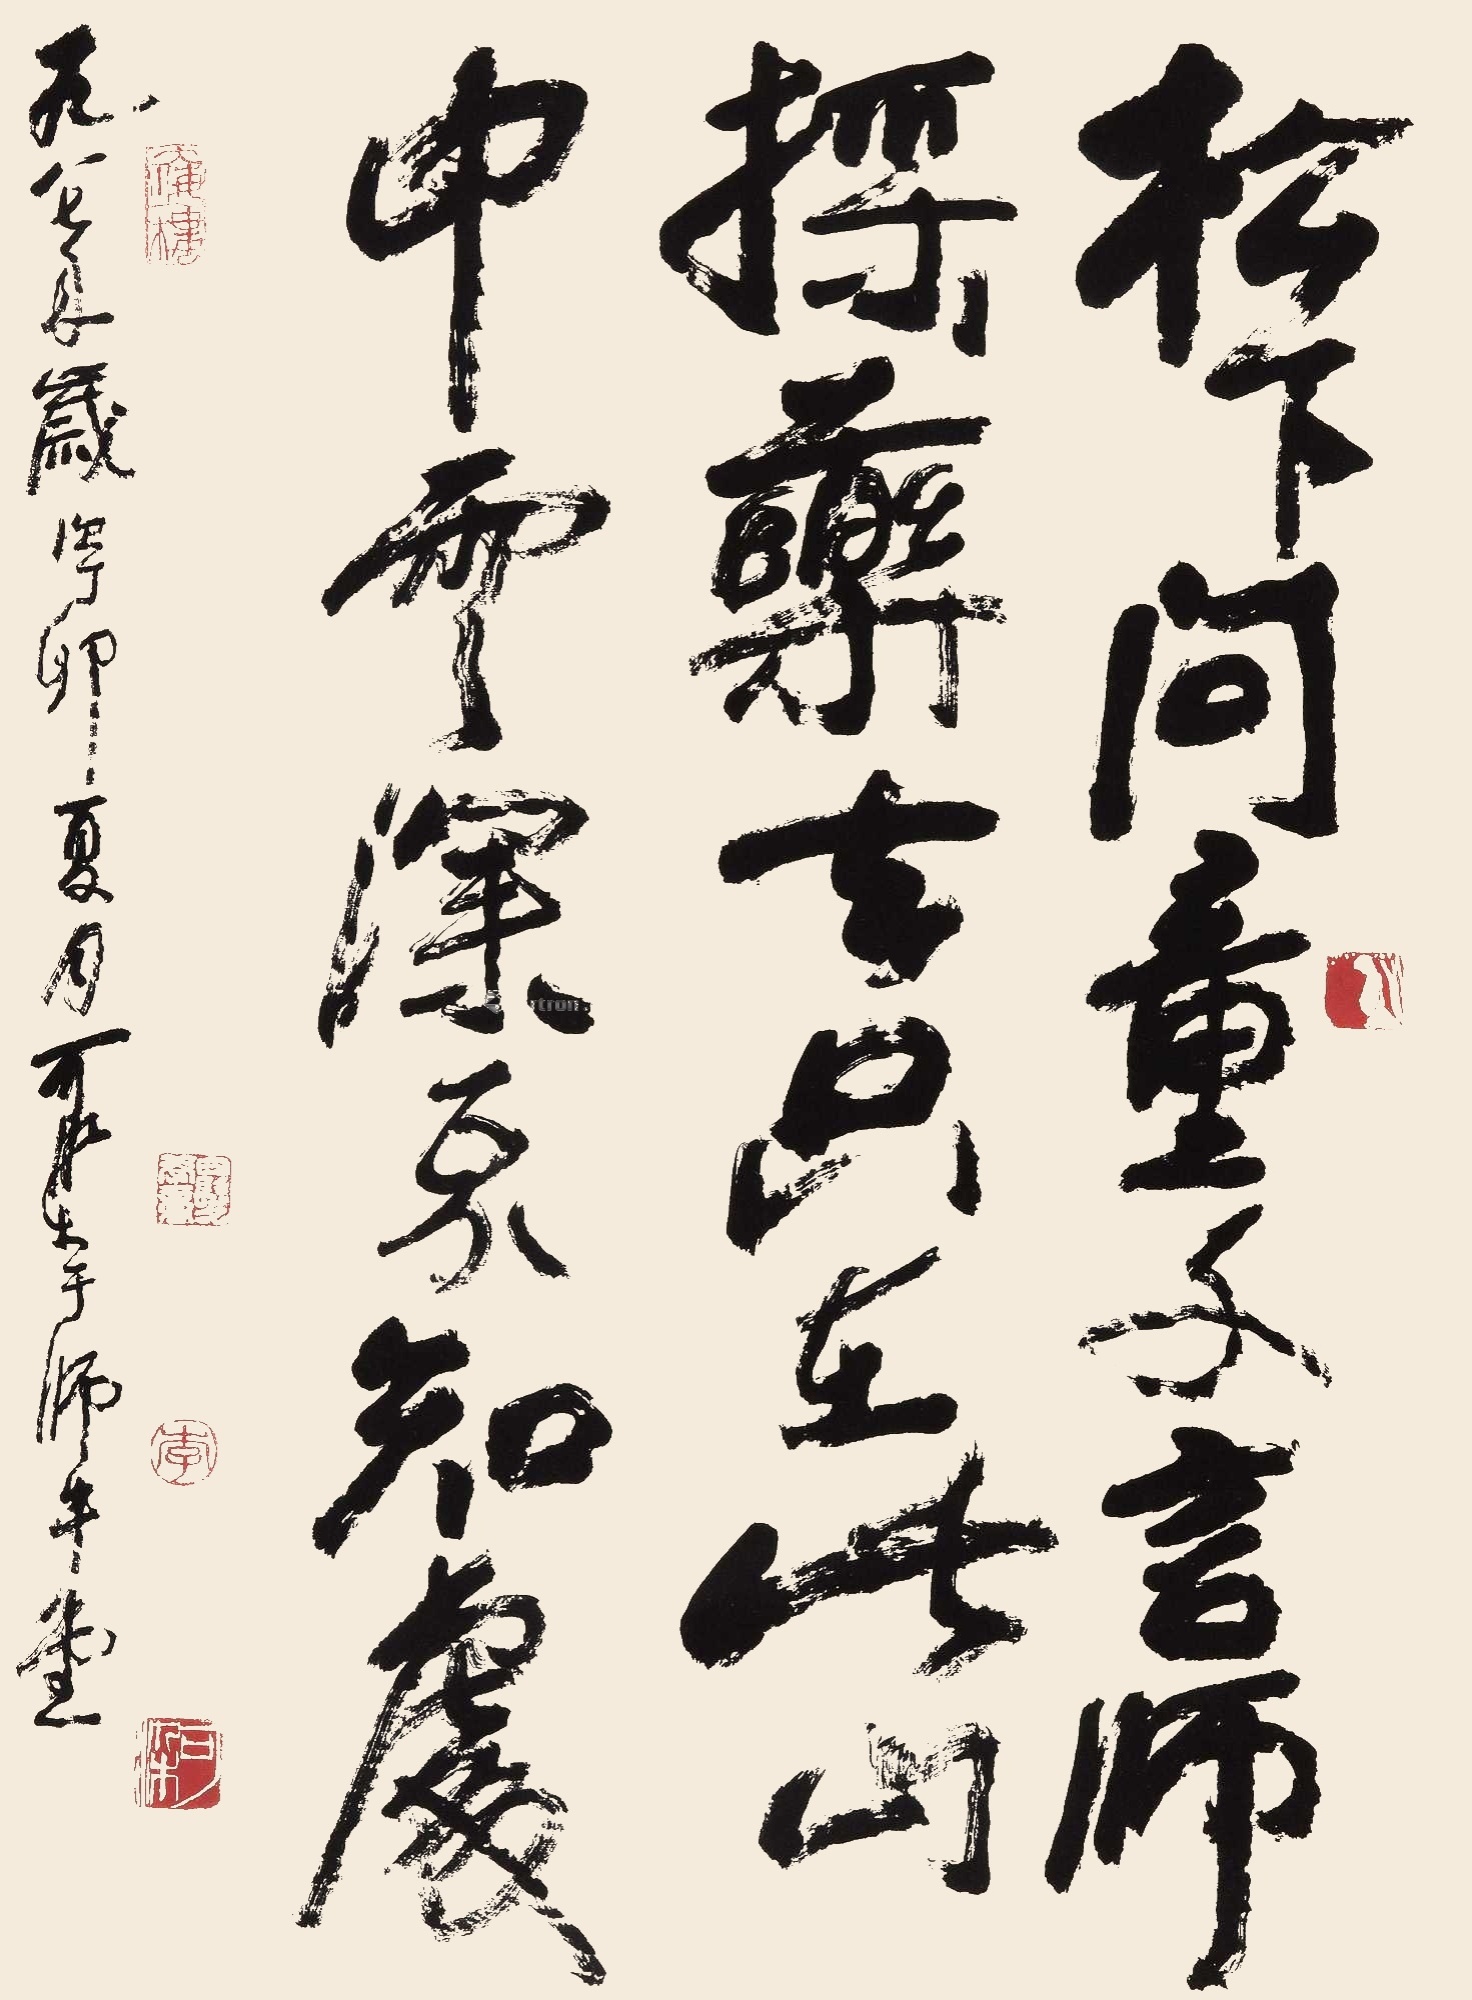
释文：松下问童子，言师采药去。只在此山中，云深不知处。一九八七年岁次丁卯夏月，可染书于师牛堂。